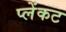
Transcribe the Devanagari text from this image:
प्लेंकट